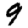
Digit: 9